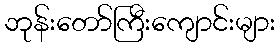
ဘုန်းတော်ကြီးကျောင်းများ